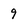
Character: 9